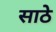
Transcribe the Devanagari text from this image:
साठेे